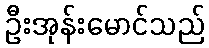
ဦးအုန်းမောင်သည်